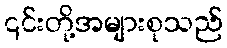
၎င်းတို့အများစုသည်